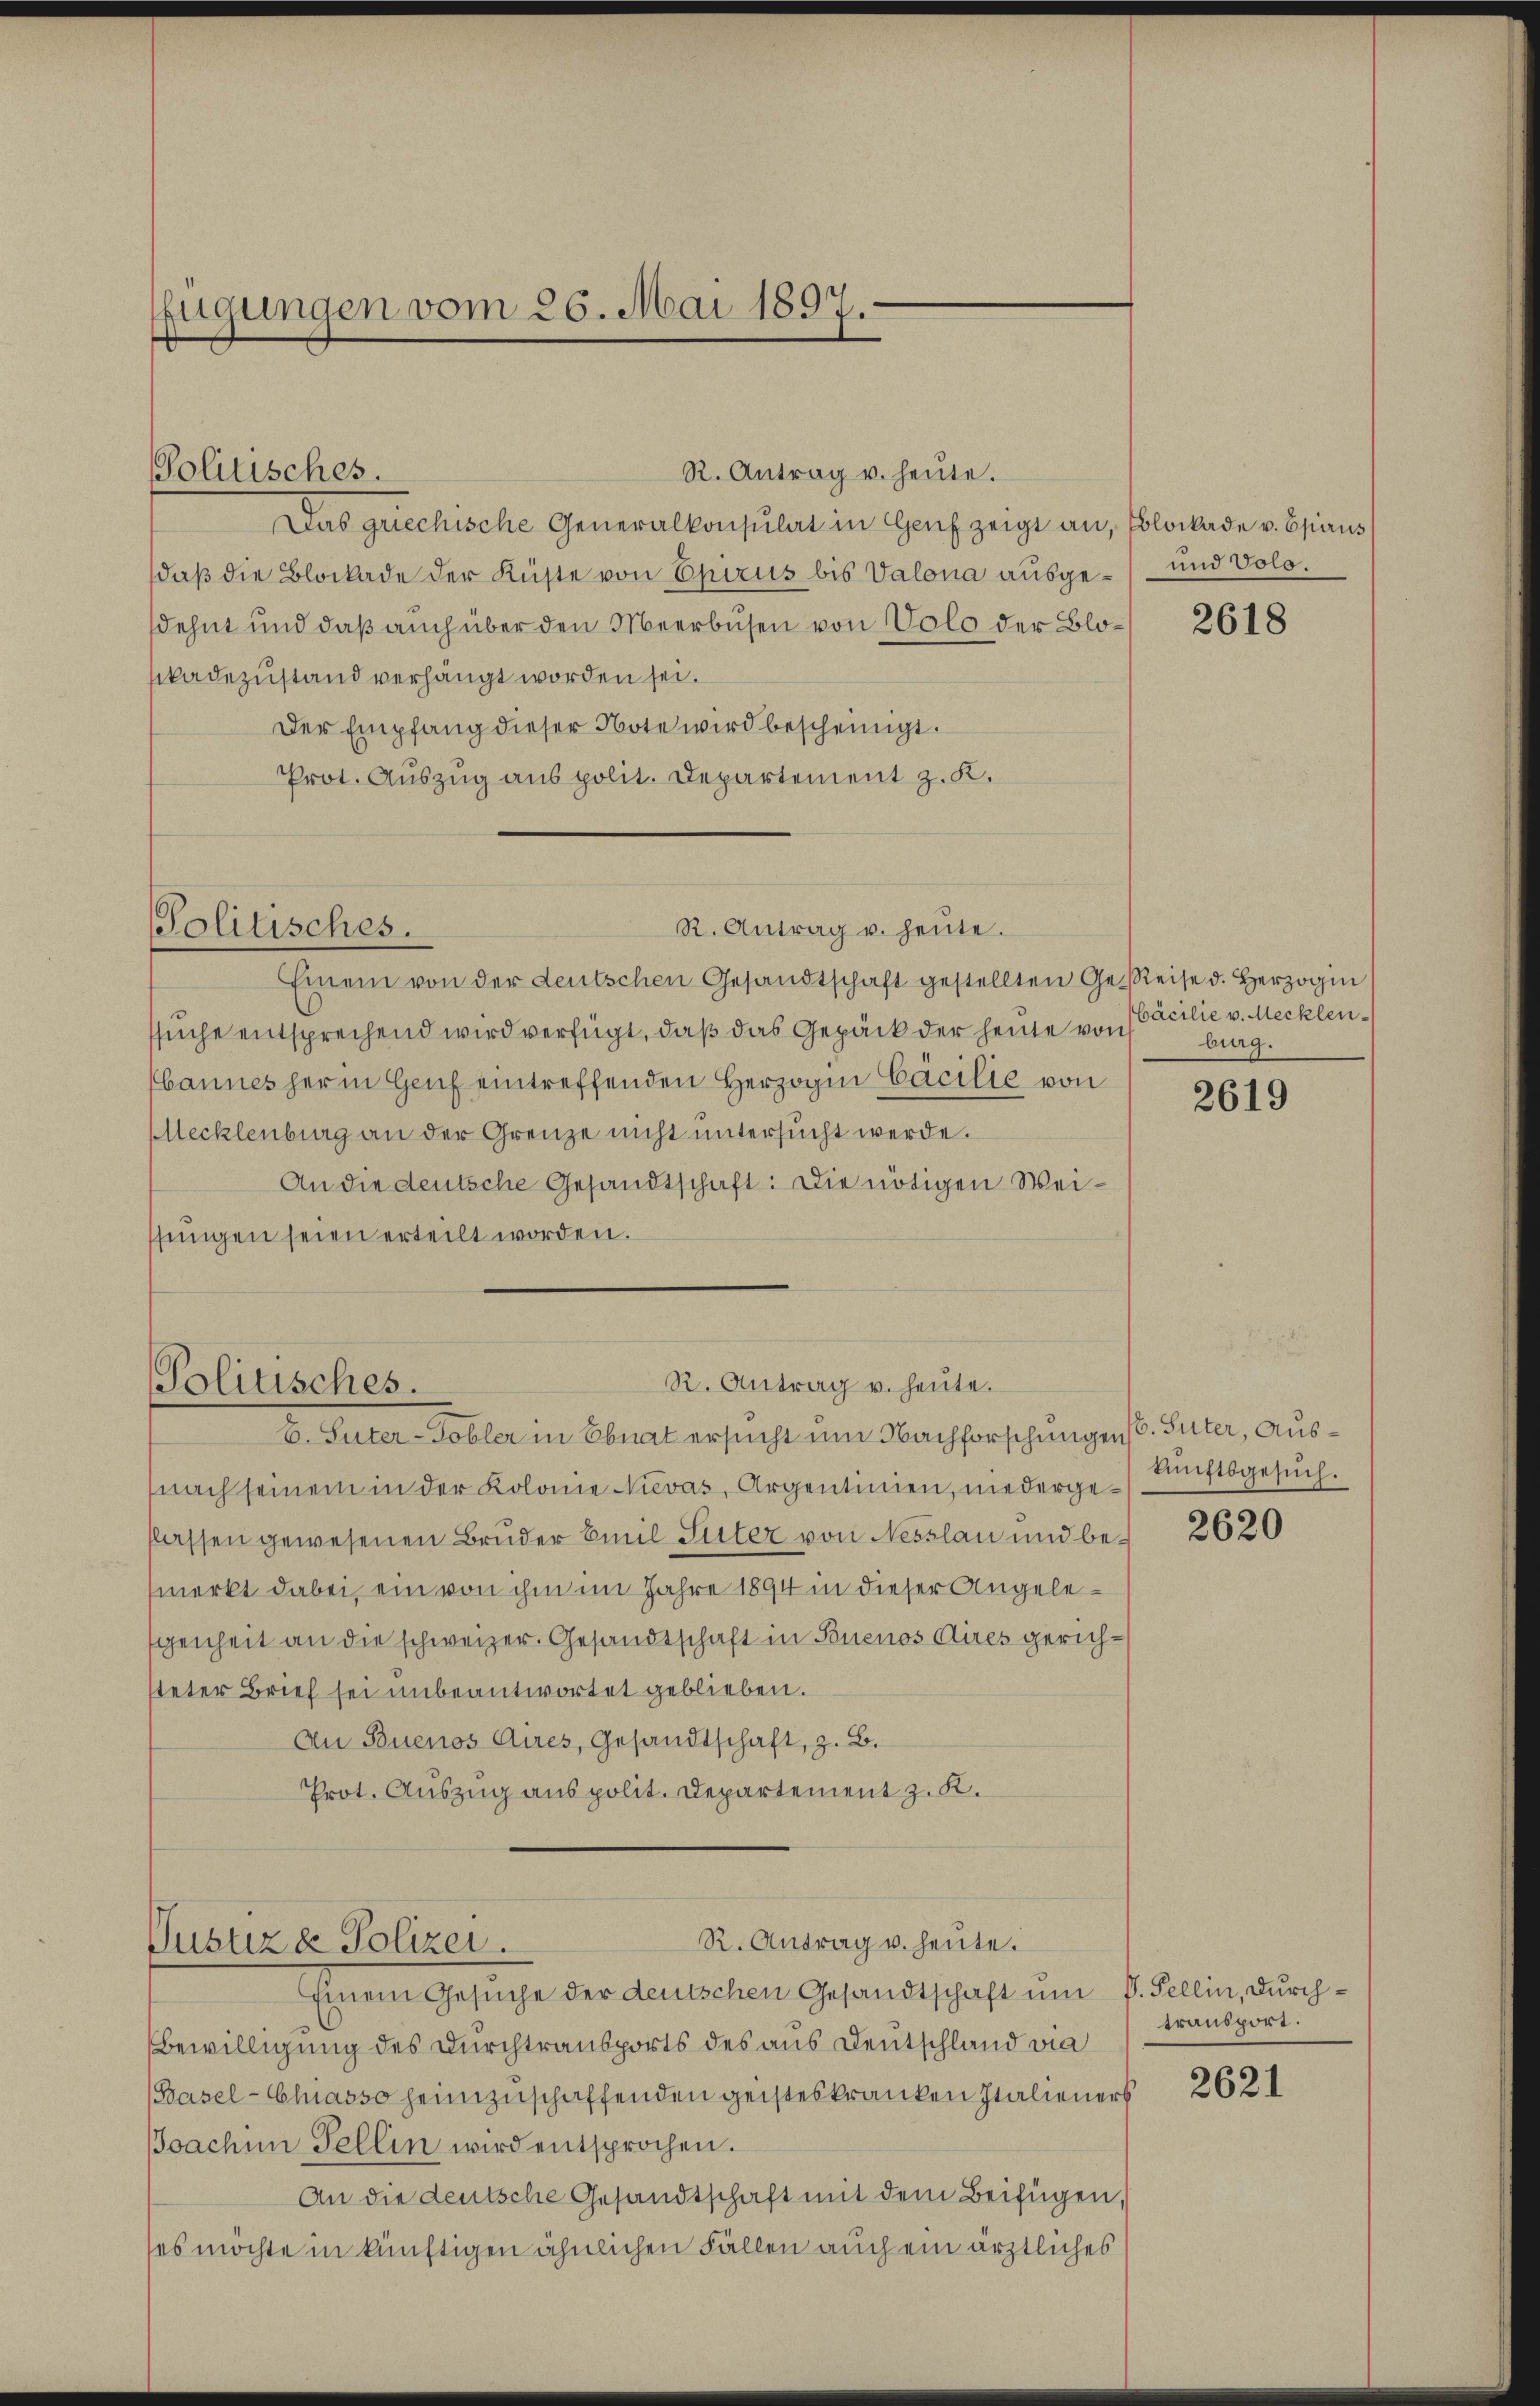
fügungen vom 26. Mai 1897.

Politisches.

Einem von der deutschen Gesandtschaft gestellten Geleise d. Herzogin
suche entsprechend wird verfügt, daß das Gepäck der heute von
bannes her in Genf eintreffenden Herzogin Cacilie von
Mecklenburg an der Grenze nicht untersŭcht werde.
An die deutsche Gesandtschaft: Die nötigen Weissŭngen seien erteilt worden.

R. Antrag u. heute.
Das griechische Generalkonsulat in Genf zeigt an, Blockade v. Epaus
daβ die Blockade der Küste von Epirus bis Valona ausge- und Volo.
sdehnt und daß auch über den Meerbusen von Volo der Blokadezustand verhängt worden sei.
Der Empfang dieser Note wird bescheinigt.
Prot. Auszug aus polit. Departement z. K.

Politisches.

R. Antrag u. heute.

R. Antrag u. heute.
Politisches.
b. Peter-Tobler in Ebnat ersucht um Nachforschungen (s. Suter, Aus¬

R. Antrag u. heute.
Pusuza Polizei.

nach seinem in der Kolonie Nievas, Argentinien, niedergelassen gewesenen Bruder Emil Suter von Nesslau und be- 2620
merkt dabei, ein von ihm im Jahre 1894 in dieser Angelegenheit an die schweizer. Gesandtschaft in Buenos Aires gerichsteter Brief sei unbeantwortet geblieben.
An Buenos Aires, Gesandtschaft, z. B.
Prot. Auszug aus polit. Departement z. K.

Einem Gesuche der denischen Gesandtschaft um P. Fellin, durch¬
Bewilligung des Durchtransports des aus Deutschland vie
(Basel-Cluasso heimzuschaffenden geisteskranken Italieners
Joachen Fellin wird entsprochen.
An die deutsche Gesandtschaft mit dem Beifügen,
es möchte in künftigen ähnlichen Fällen auch ein ärztliches

2618

bäcilie v. Mecklen-
burg.

2619

kunftsgesuch.

transport.
2621